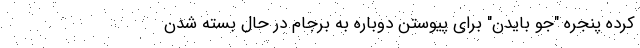
کرده پنجره "جو بایدن" برای پیوستن دوباره به برجام در حال بسته شدن